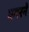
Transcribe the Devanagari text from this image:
एगरने